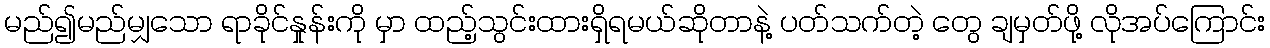
မည်၍မည်မျှသော ရာခိုင်နှုန်းကို မှာ ထည့်သွင်းထားရှိရမယ်ဆိုတာနဲ့ ပတ်သက်တဲ့ တွေ ချမှတ်ဖို့ လိုအပ်ကြောင်း